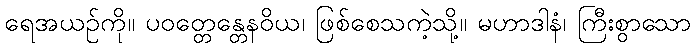
ရေအယဉ်ကို။ ပဝတ္တေန္တေနဝိယ၊ ဖြစ်စေသကဲ့သို့။ မဟာဒါနံ၊ ကြီးစွာသော